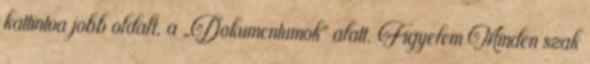
kattintva jobb oldalt, a „Dokumentumok” alatt. Figyelem Minden szak